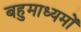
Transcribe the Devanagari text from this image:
बहुमाध्यमों